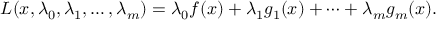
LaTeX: L ( x , \lambda _ { 0 } , \lambda _ { 1 } , \ldots , \lambda _ { m } ) = \lambda _ { 0 } f ( x ) + \lambda _ { 1 } g _ { 1 } ( x ) + \cdots + \lambda _ { m } g _ { m } ( x ) .